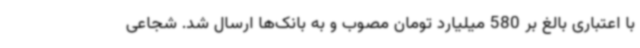
با اعتباری بالغ بر 580 میلیارد تومان مصوب و به بانک‌ها ارسال شد. شجاعی